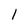
Character: l